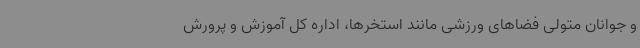
و جوانان متولی فضاهای ورزشی مانند استخرها، اداره کل آموزش و پرورش